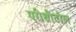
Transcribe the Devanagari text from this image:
एरीथ्रीटोल